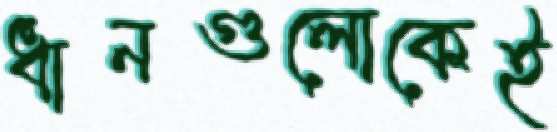
ধানগুলোকেই